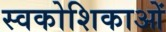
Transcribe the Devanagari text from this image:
स्वकोशिकाओं